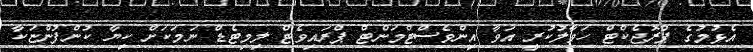
އެޅުމުގެ ޕްރޮޖެކްޓް ހަވާލުކުރީ އަވާ އިންވެސްޓްމަންޓް ޕްރައިވެޓް ލިމިޓެޑް ނަމަކަށް ކިޔާ ކުންފުންޏަކާ